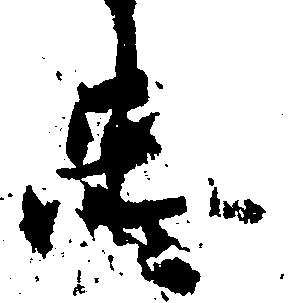
忠